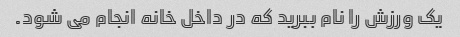
یک ورزش را نام ببرید که در داخل خانه انجام می شود.